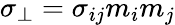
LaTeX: \sigma_{\bot}=\sigma_{ij}m_{i}m_{j}